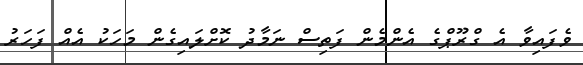
ވެފައިވާ އެ ގްރޫޕްގެ އެންމެން ފަތިސް ނަމާދު ކޮށްލައިގެން މަހަކު އެއް ފަހަރު